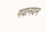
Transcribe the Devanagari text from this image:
गवानयन